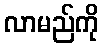
လာမည်ကို